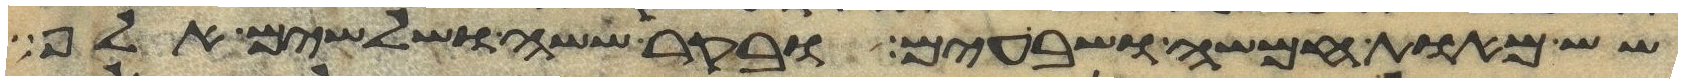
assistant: שש מאות חמשה ושבעים ובקר ששה ושלשים אלף